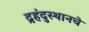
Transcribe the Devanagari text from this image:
द्रहंदुस्थानचे